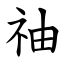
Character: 䄂